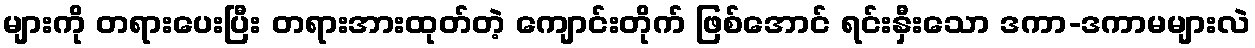
များကို တရားပေးပြီး တရားအားထုတ်တဲ့ ကျောင်းတိုက် ဖြစ်အောင် ရင်းနှီးသော ဒကာ-ဒကာမများလဲ